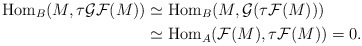
\begin{align*}\mathrm{Hom}_B(M, \tau \mathcal{GF}(M)) &\simeq \mathrm{Hom}_B(M, \mathcal{G}(\tau \mathcal{F}( M))) \\& \simeq \mathrm{Hom}_A(\mathcal{F}(M), \tau \mathcal{F}( M)) =0.\end{align*}